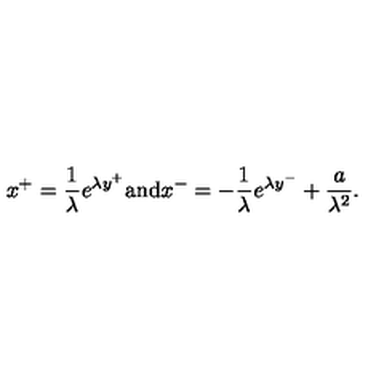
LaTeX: x ^ { + } = { \frac { 1 } { \lambda } } e ^ { \lambda y ^ { + } } \mathrm { a n d } x ^ { - } = - { \frac { 1 } { \lambda } } e ^ { \lambda y ^ { - } } + { \frac { a } { \lambda ^ { 2 } } } .